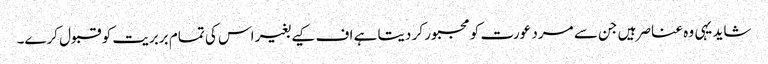
شاید یہی وہ عناصر ہیں جن سے مرد عورت کو مجبور کر دیتا ہے اف کیے بغیر اس کی تمام بربریت کو قبول کرے۔